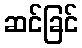
ဆင်ခြင်